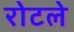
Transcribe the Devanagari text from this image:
रोटले